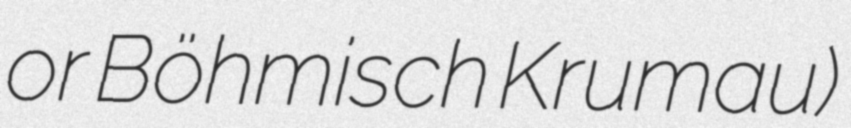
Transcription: or Böhmisch Krumau)